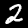
Label: 2